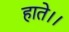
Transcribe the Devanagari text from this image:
हाते।।